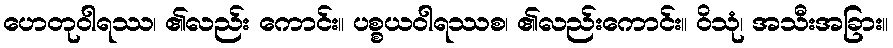
ဟေတုဝါရဿ၊ ၏လည်း ကောင်း။ ပစ္စယဝါရဿစ၊ ၏လည်းကောင်း။ ဝိသုံ၊ အသီးအခြား။